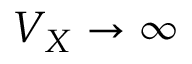
V _ { X } \rightarrow \infty